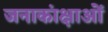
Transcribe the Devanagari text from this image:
जनाकांक्षाओं